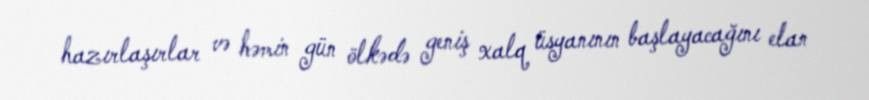
hazırlaşırlar və həmin gün ölkədə geniş xalq üsyanının başlayacağını elan